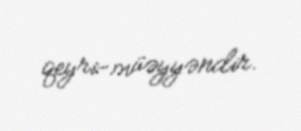
qeyri-müəyyəndir.